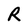
Character: R